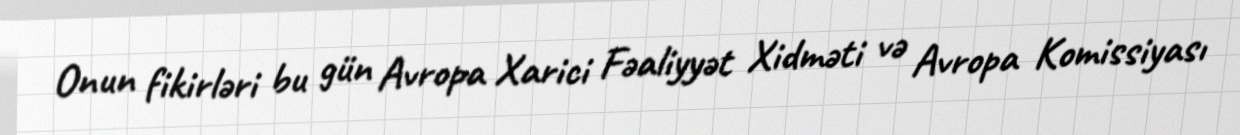
Onun fikirləri bu gün Avropa Xarici Fəaliyyət Xidməti və Avropa Komissiyası